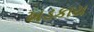
ખડકાય